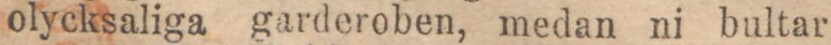
olycksaliga garderoben, medan ni bultar